Report on lock hospitals in British Burma
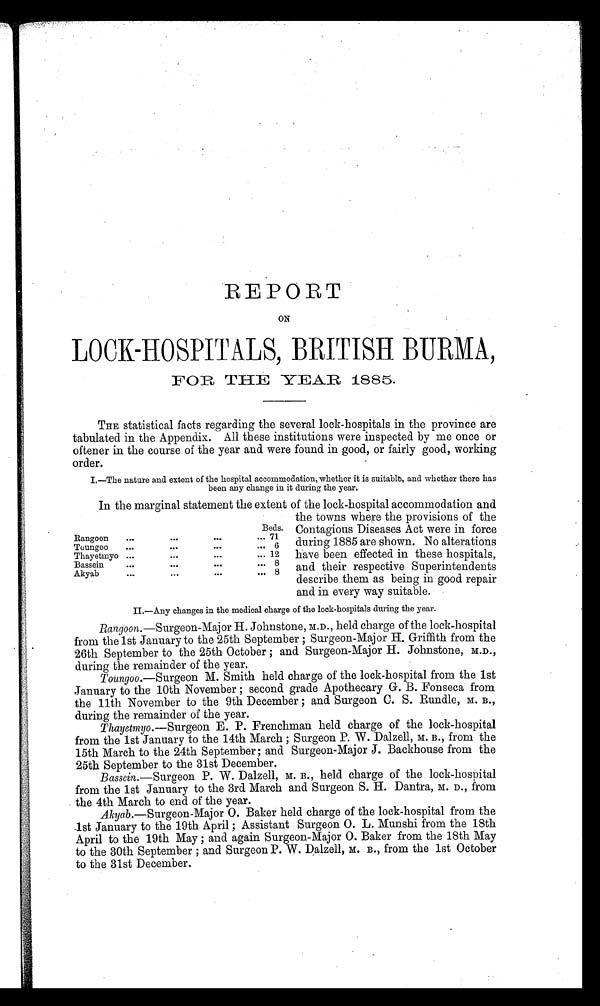
REPORT
ON
LOCK-HOSPITALS, BRITISH BURMA,
FOR THE YEAR 1885.
THE statistical facts regarding the several lock-hospitals in the province are
tabulated in the Appendix. All these institutions were inspected by me once or
oftener in the course of the year and were found in good, or fairly good, working
order.
I.—The nature and extent of the hospital accommodation, whether it is suitable, and whether there has
been any change in it during the year.
In the marginal statement the extent of the lock-hospital accommodation and
the towns where the provisions of the
Contagious Diseases Act were in force
during 1885 are shown. No alterations
have been effected in these hospitals,
and their respective Superintendents
describe them as being in good repair
and in every way suitable.
II.—Any changes in the medical charge of the lock-hospitals during the year.
Rangoon. —Surgeon-Major H. Johnstone, M.D., held charge of the lock-hospital
from the 1st January to the 25th September ; Surgeon-Major H. Griffith from the
26th September to the 25th October ; and Surgeon-Major H. Johnstone, M.D.,
during the remainder of the year.
Toungoo. —Surgeon M. Smith held charge of the lock-hospital from the 1st
January to the 10th November ; second grade Apothecary G. B. Fonseca from
the 11th November to the 9th December ; and Surgeon C. S. Rundle, M. B .,
during the remainder of the year.
Thayetmyo.— Surgeon E. P. Frenchman held charge of the lock-hospital
from the 1st January to the 14th March ; Surgeon P. W. Dalzell, M. B., from the
15th March to the 24th September; and Surgeon-Major J. Backhouse from the
25th September to the 31st December.
Bassein. —Surgeon P. W. Dalzell, M. B. ,
h e l d c h a r g e o f t h e l o c k - h o s p i t a l
from the 1st January to the 3rd March and Surgeon S. H. Dantra, M. D ., from
the 4th March to end of the year.
Akyab. —Surgeon-Major O. Baker held charge of the lock-hospital from the
1st January to the 19th April ; Assistant Surgeon O. L. Munshi from the 18th
April to the 19th May ; and again Surgeon-Major O. Baker from the 18th May
to the 30th September ; and Surgeon P. W. Dalzell, M. B ., from the 1st October
to the 31st December.
Beds.
Rangoon
. . .
...
. . .
... 71
T o u n g o o
...
...
. . .
... 6
Thayetmyo ...
. . .
. . .
... 12
Bassein
. . .
...
...
... 8
Akyab
...
. . .
. . .
... 8